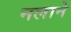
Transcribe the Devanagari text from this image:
नलाने